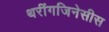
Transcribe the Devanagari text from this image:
थरींगजिनेसीस